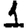
Digit: 1